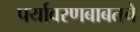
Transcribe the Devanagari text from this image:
पर्यावरणबाबतचे